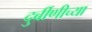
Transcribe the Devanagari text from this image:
दुर्बीणीच्या